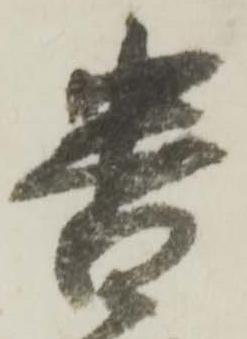
番